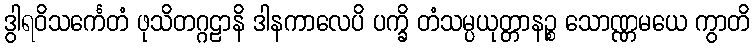
ဒွါရဝိသင်္ကေတံ ဖုသိတဂ္ဂဠာနိ ဒါနကာလေပိ ပက္ခိ တံသမ္ပယုတ္တာနဉ္စ သောဏ္ဏမယေ ကွာတိ